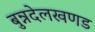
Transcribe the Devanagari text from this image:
बुन्नदेलखणड